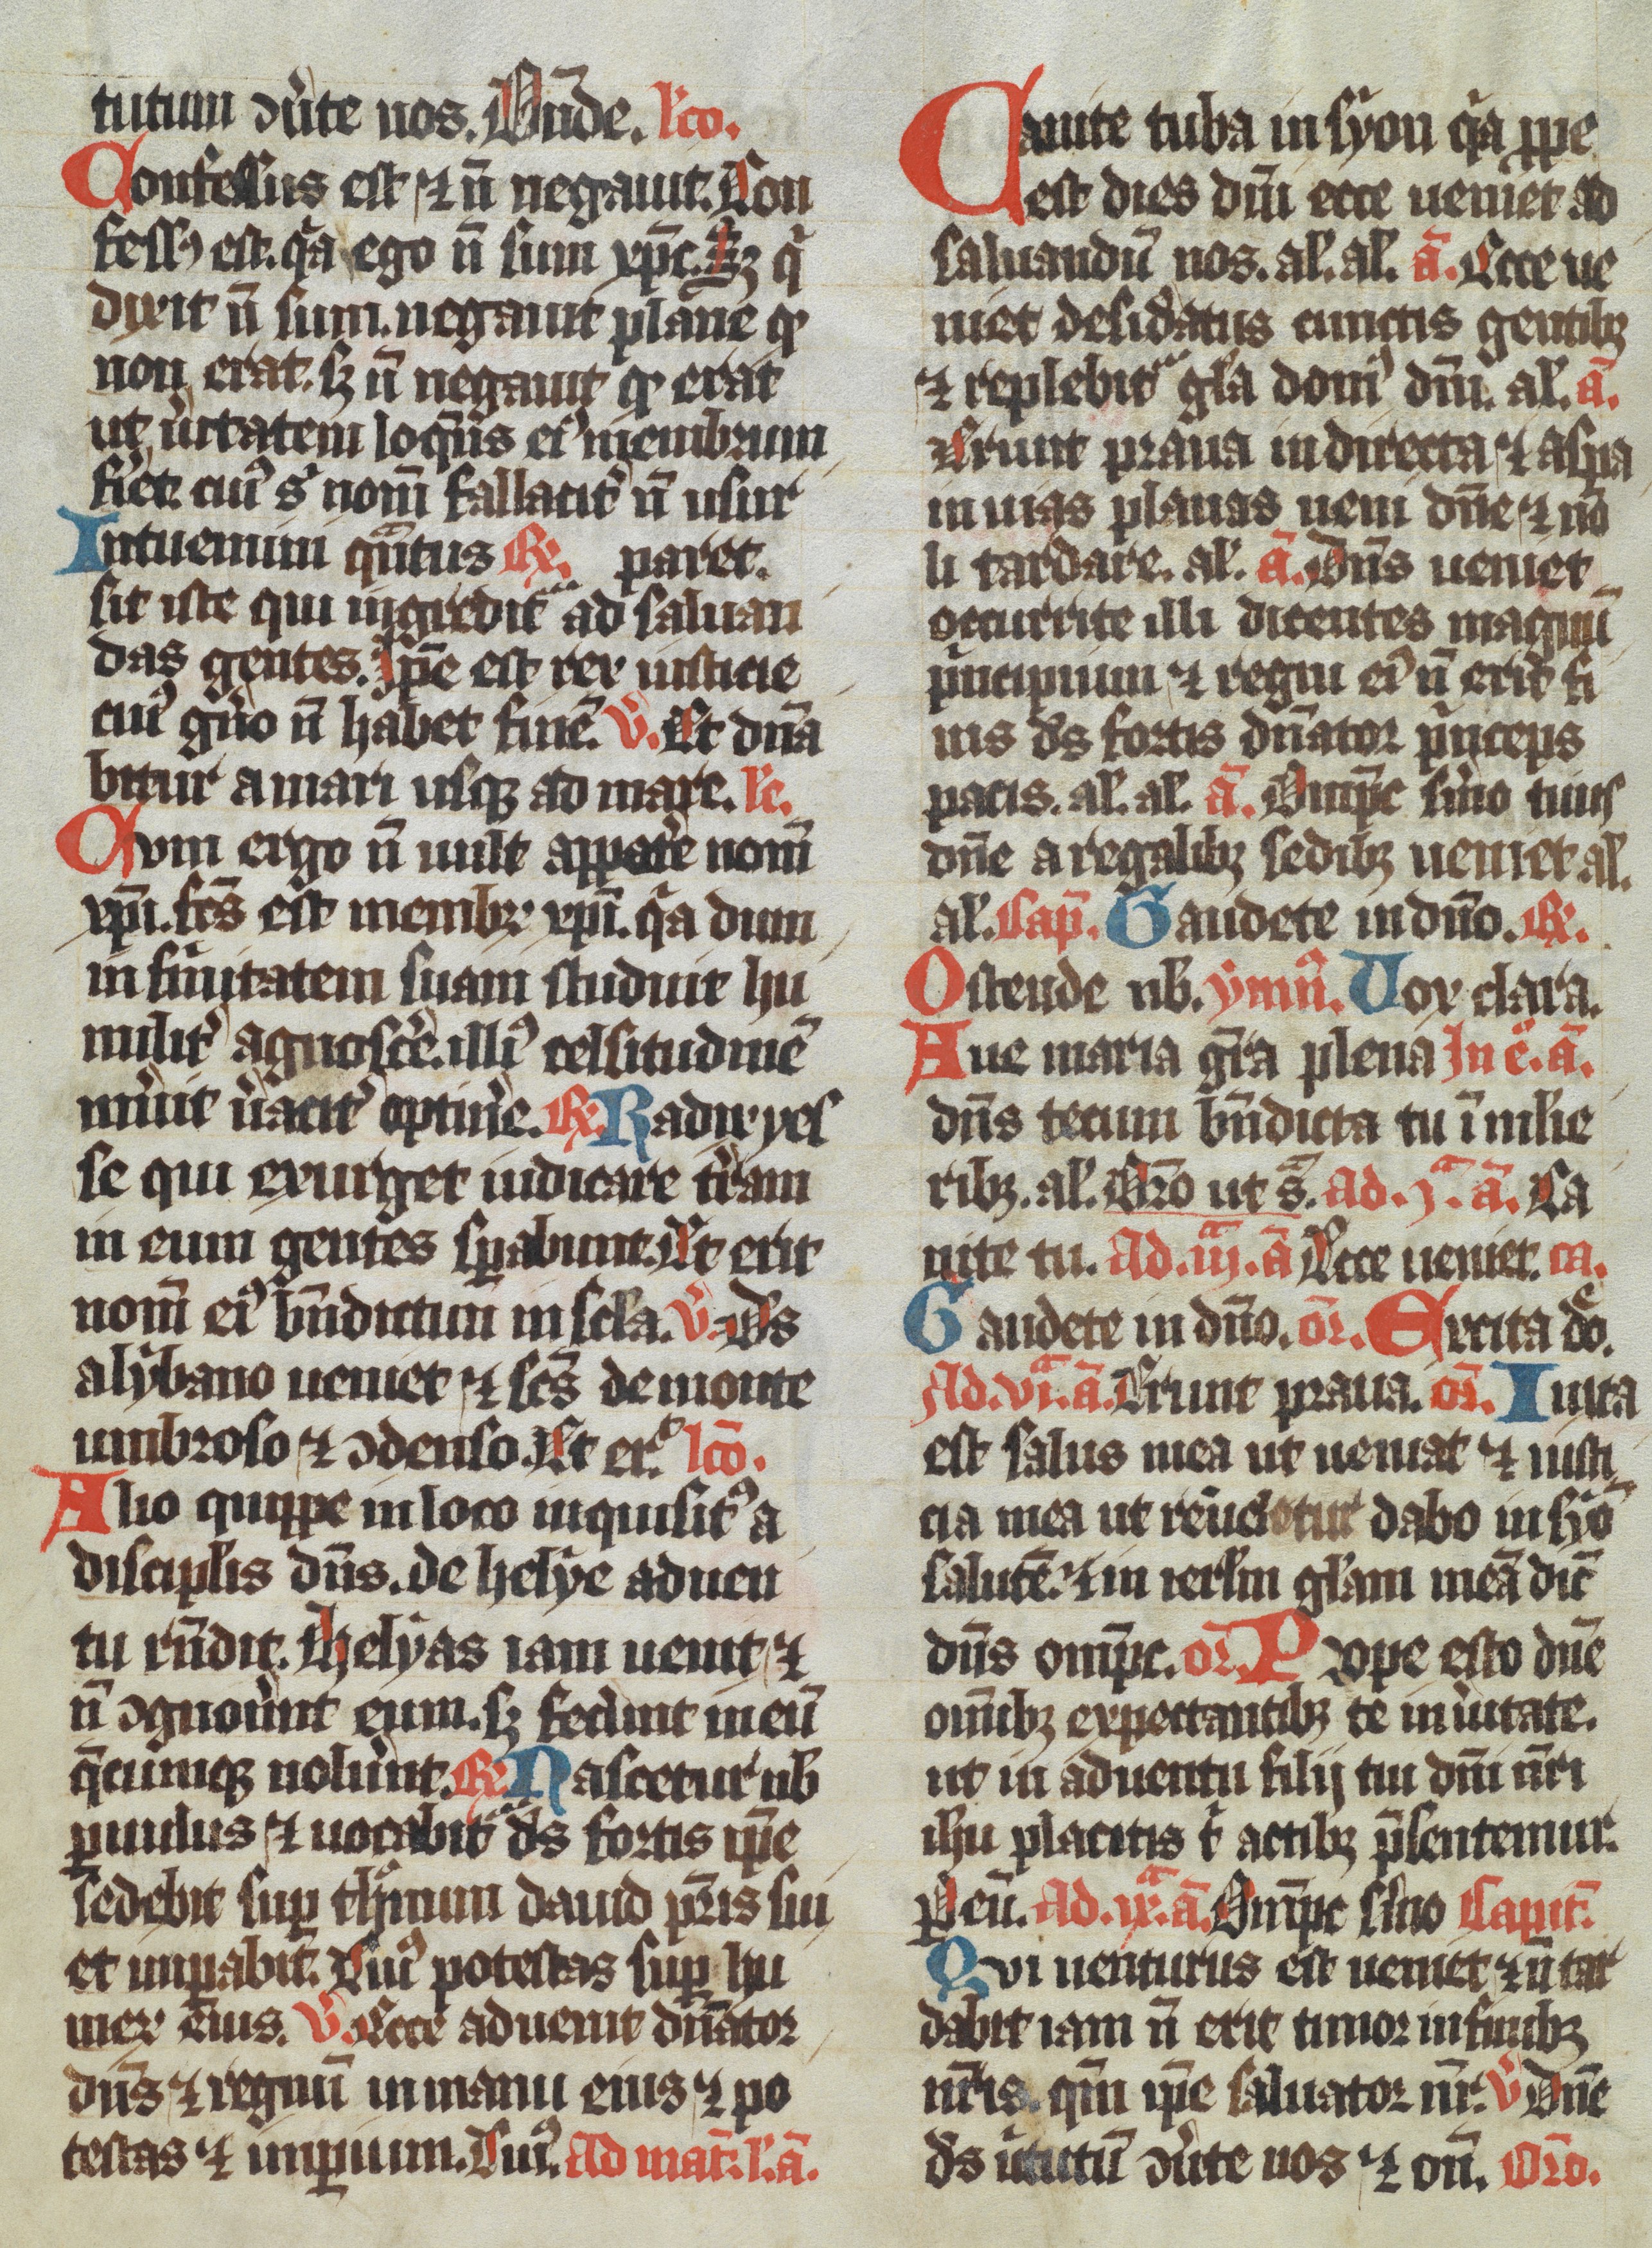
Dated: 1350–1399